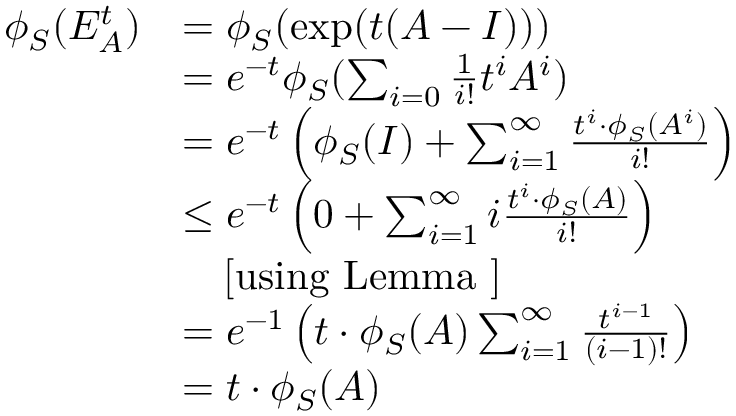
\begin{array} { r l } { \phi _ { S } ( E _ { A } ^ { t } ) } & { = \phi _ { S } ( \exp ( t ( A - I ) ) ) } \\ & { = e ^ { - t } \phi _ { S } ( \sum _ { i = 0 } \frac { 1 } { i ! } t ^ { i } A ^ { i } ) } \\ & { = e ^ { - t } \left( \phi _ { S } ( I ) + \sum _ { i = 1 } ^ { \infty } \frac { t ^ { i } \cdot \phi _ { S } ( A ^ { i } ) } { i ! } \right) } \\ & { \leq e ^ { - t } \left( 0 + \sum _ { i = 1 } ^ { \infty } i \frac { t ^ { i } \cdot \phi _ { S } ( A ) } { i ! } \right) } \\ & { \ \ \ [ \mathrm { u s i n g ~ L e m m a ~ } ] } \\ & { = e ^ { - 1 } \left( t \cdot \phi _ { S } ( A ) \sum _ { i = 1 } ^ { \infty } \frac { t ^ { i - 1 } } { ( i - 1 ) ! } \right) } \\ & { = t \cdot \phi _ { S } ( A ) } \end{array}